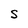
Character: s